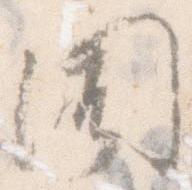
聞